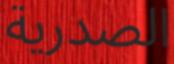
الصدرية